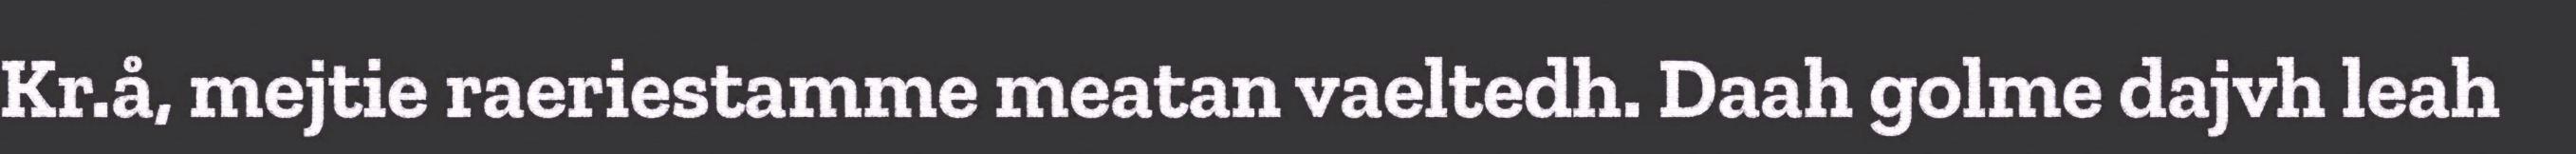
Kr.å, mejtie raeriestamme meatan vaeltedh. Daah golme dajvh leah